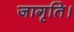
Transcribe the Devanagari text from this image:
जागृति।